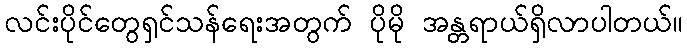
လင်းပိုင်တွေရှင်သန်ရေးအတွက် ပိုမို အန္တရာယ်ရှိလာပါတယ်။